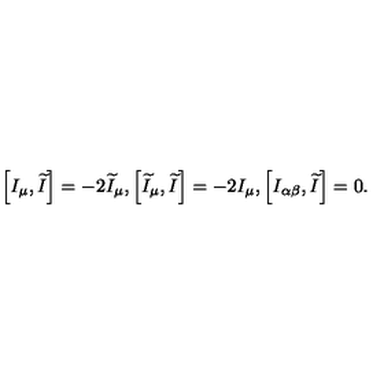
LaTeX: \left[ I _ { \mu } , \widetilde { I } \right] = - 2 \widetilde { I } _ { \mu } , \left[ \widetilde { I } _ { \mu } , \widetilde { I } \right] = - 2 I _ { \mu } , \left[ I _ { \alpha \beta } , \widetilde { I } \right] = 0 .